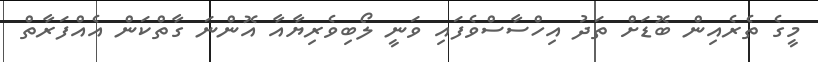
މީގެ ތެރެއިން ބޮޑަށް ތަދު އިހްސާސްވެފައި ވަނީ ލޯބިވެރިޔާއާ އޮންނަ ގާތްކަން އެއްފަރާތް